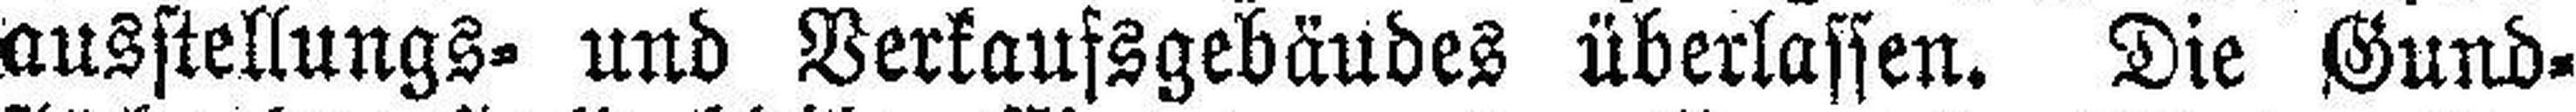
ausstellungs= und Verkaufsgebäudes überlassen. Die Gund¬